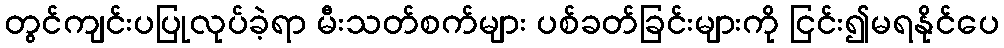
တွင်ကျင်းပပြုလုပ်ခဲ့ရာ မီးသတ်စက်များ ပစ်ခတ်ခြင်းများကို ငြင်း၍မရနိုင်ပေ